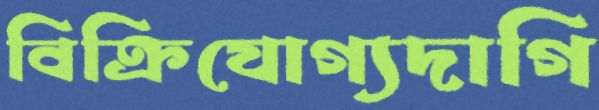
বিক্রিযোগ্যদাগি